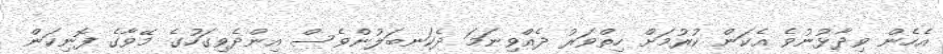
އެހެން ވިދާޅުނުވެ އެކަން ކުރުމަށް ހިތްވަރު ދެއްވިނަމަ ދެކަނބަލުންވެސް އިންދެވިގަހުގެ މޭވާގެ ފޮނިކަން